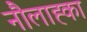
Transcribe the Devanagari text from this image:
नौलाह्का